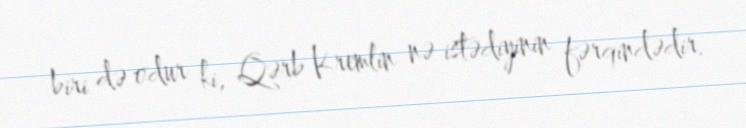
biri də odur ki, Qərb Kremlin nə istədiyinin fərqindədir.